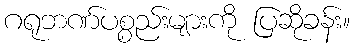
ဂရုဘဏ်ပစ္စည်းများကို ပြဆိုခန်း။